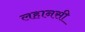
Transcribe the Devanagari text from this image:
लहानसी